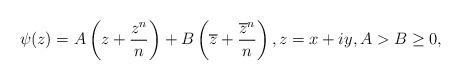
LaTeX: \begin{align*}\psi(z)=A\left(z+\frac{z^n}{n}\right)+B\left(\overline{z}+\frac{\overline{z}^n}{n}\right), z=x+iy, A>B\geq0,\end{align*}